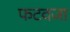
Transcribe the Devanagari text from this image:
फटवजा